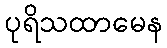
ပုရိသထာမေန